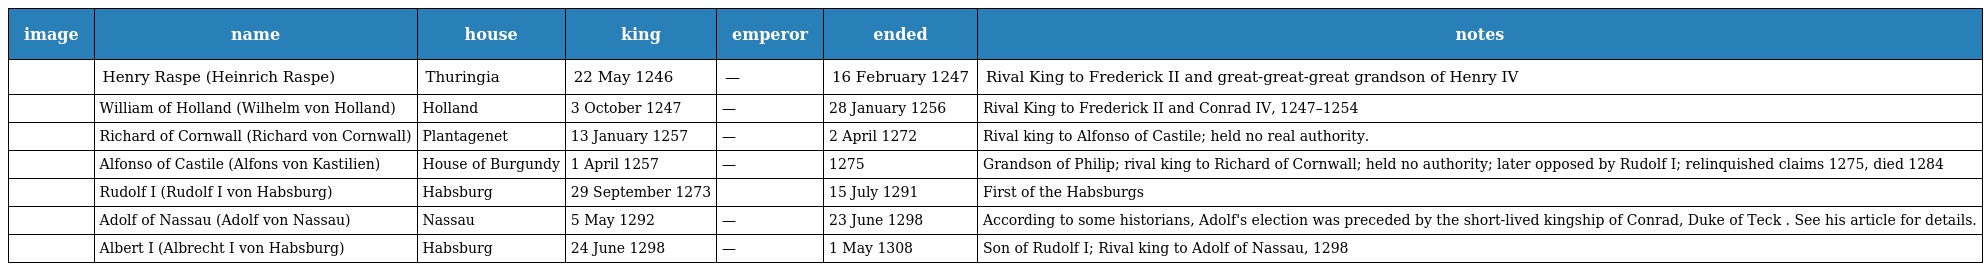
| image | name | house | king | emperor | ended | notes |
 | --- | --- | --- | --- | --- | --- | --- |
 |  | Henry Raspe (Heinrich Raspe) | Thuringia | 22 May 1246 | — | 16 February 1247 | Rival King to Frederick II and great-great-great grandson of Henry IV |
 |  | William of Holland (Wilhelm von Holland) | Holland | 3 October 1247 | — | 28 January 1256 | Rival King to Frederick II and Conrad IV, 1247–1254 |
 |  | Richard of Cornwall (Richard von Cornwall) | Plantagenet | 13 January 1257 | — | 2 April 1272 | Rival king to Alfonso of Castile; held no real authority. |
 |  | Alfonso of Castile (Alfons von Kastilien) | House of Burgundy | 1 April 1257 | — | 1275 | Grandson of Philip; rival king to Richard of Cornwall; held no authority; later opposed by Rudolf I; relinquished claims 1275, died 1284 |
 |  | Rudolf I (Rudolf I von Habsburg) | Habsburg | 29 September 1273 |  | 15 July 1291 | First of the Habsburgs |
 |  | Adolf of Nassau (Adolf von Nassau) | Nassau | 5 May 1292 | — | 23 June 1298 | According to some historians, Adolf's election was preceded by the short-lived kingship of Conrad, Duke of Teck . See his article for details. |
 |  | Albert I (Albrecht I von Habsburg) | Habsburg | 24 June 1298 | — | 1 May 1308 | Son of Rudolf I; Rival king to Adolf of Nassau, 1298 |